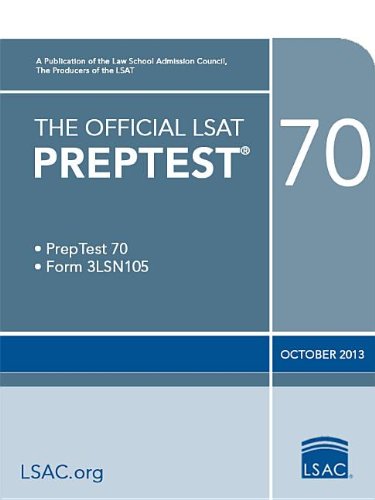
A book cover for The Official LSAT PrepTest 70: (Oct. 2013 LSAT); Law School Admission Council; Test Preparation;